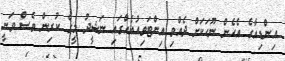
އިންޑިއާގެ އެހެން ނޫހަކަށް ދެއްވި އިންޓަވިއުއެއްގައި ނަޝީދު މީގެ ކުރިން ވެސް ވަނީ